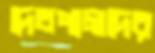
দেবপালদের